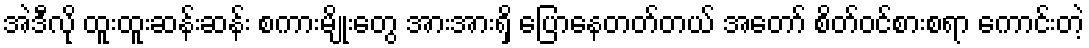
အဲဒီလို ထူးထူးဆန်းဆန်း စကားမျိုးတွေ အားအားရှိ ပြောနေတတ်တယ် အတော် စိတ်ဝင်စားစရာ ကောင်းတဲ့